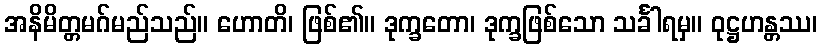
အနိမိတ္တမဂ်မည်သည်။ ဟောတိ၊ ဖြစ်၏။ ဒုက္ခတော၊ ဒုက္ခဖြစ်သော သင်္ခါရမှ။ ဝုဋ္ဌဟန္တဿ၊